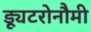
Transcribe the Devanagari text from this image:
ड्यूटरोनौमी